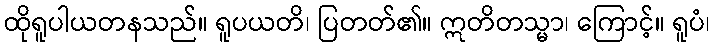
ထိုရူပါယတနသည်။ ရူပယတိ၊ ပြတတ်၏။ ဣတိတသ္မာ၊ ကြောင့်။ ရူပံ၊